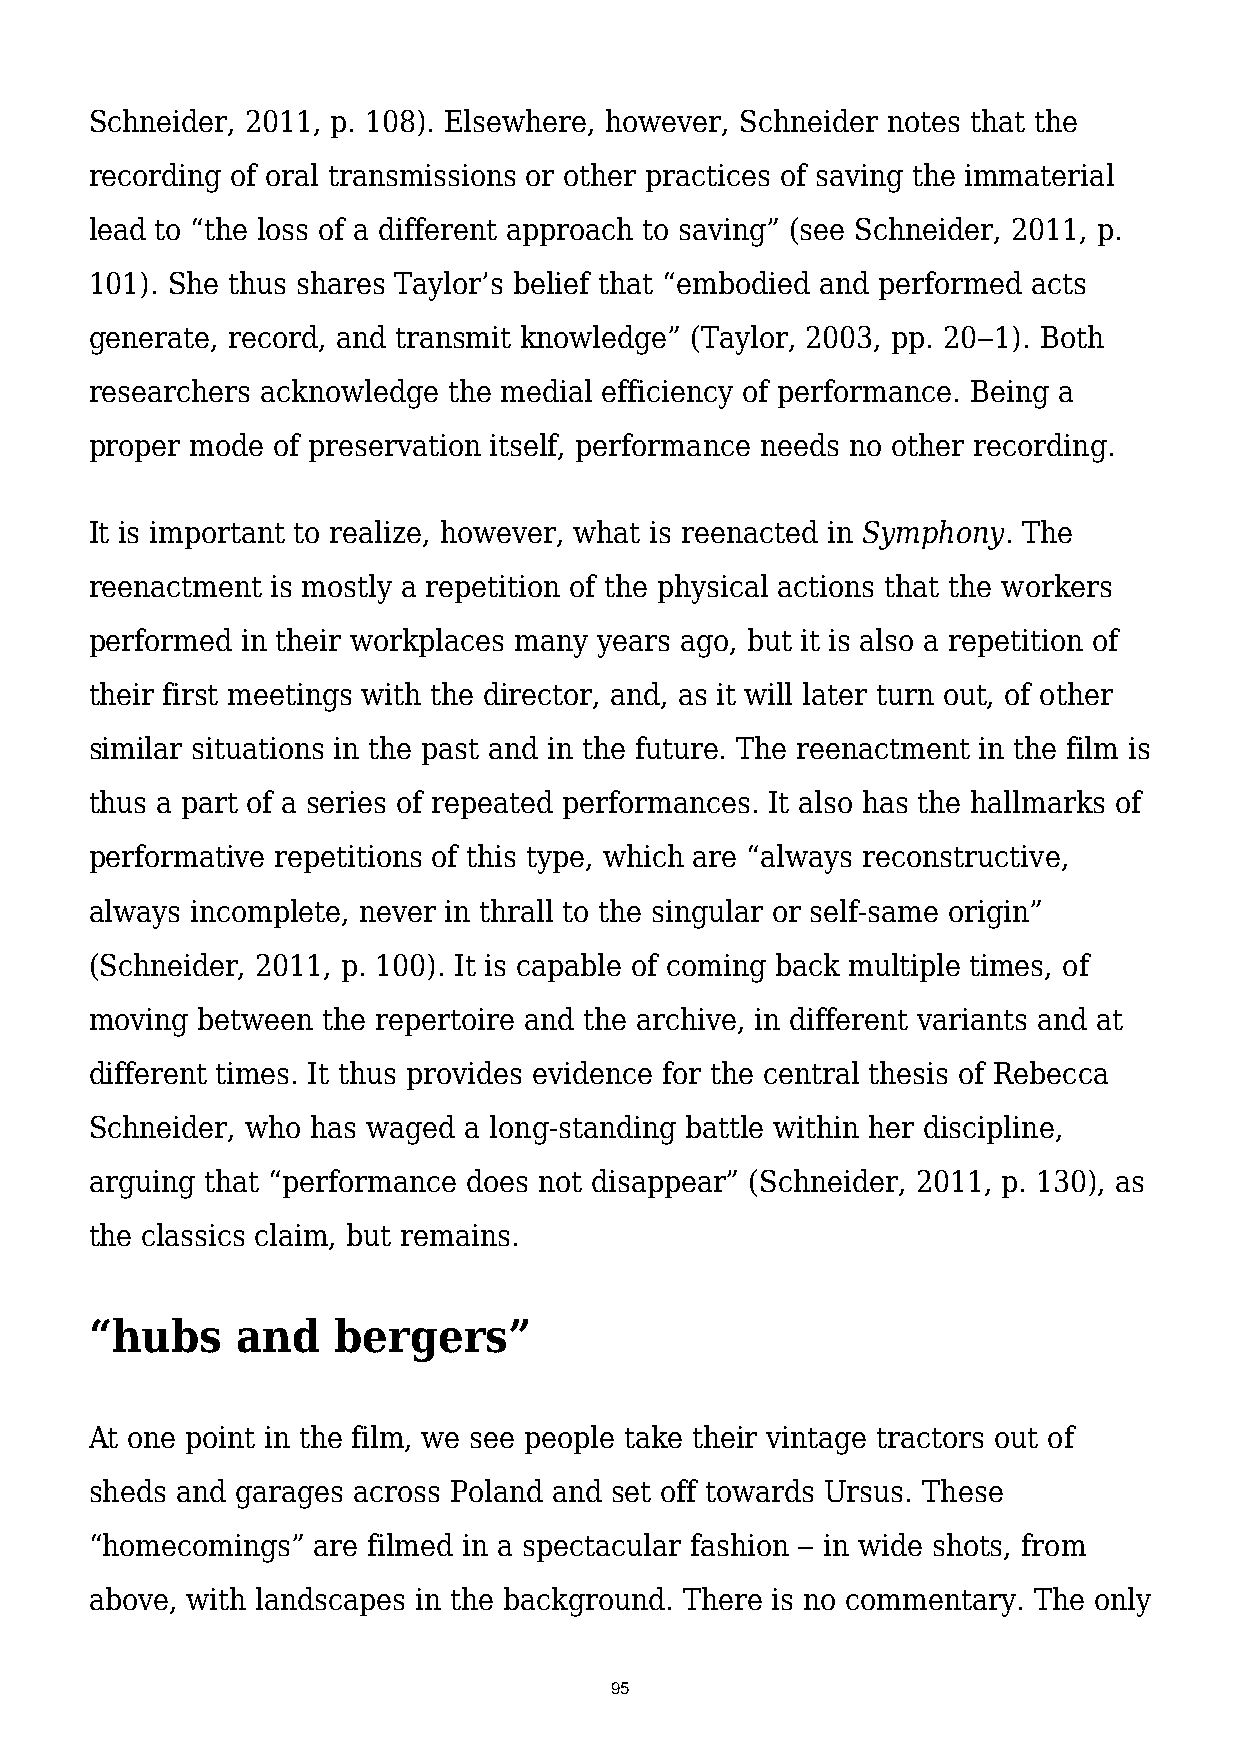
Schneider, 2011, p. 108). Elsewhere, however, Schneider notes that the
 recording of oral transmissions or other practices of saving the immaterial
 lead to “the loss of a different approach to saving” (see Schneider, 2011, p.
 101). She thus shares Taylor’s belief that “embodied and performed acts
 generate, record, and transmit knowledge” (Taylor, 2003, pp. 20‒1). Both
 researchers acknowledge the medial efficiency of performance. Being a
 proper mode of preservation itself, performance needs no other recording.
 It is important to realize, however, what is reenacted in Symphony. The
 reenactment is mostly a repetition of the physical actions that the workers
 performed in their workplaces many years ago, but it is also a repetition of
 their first meetings with the director, and, as it will later turn out, of other
 similar situations in the past and in the future. The reenactment in the film is
 thus a part of a series of repeated performances. It also has the hallmarks of
 performative repetitions of this type, which are “always reconstructive,
 always incomplete, never in thrall to the singular or self-same origin”
 (Schneider, 2011, p. 100). It is capable of coming back multiple times, of
 moving between the repertoire and the archive, in different variants and at
 different times. It thus provides evidence for the central thesis of Rebecca
 Schneider, who has waged a long-standing battle within her discipline,
 arguing that “performance does not disappear” (Schneider, 2011, p. 130), as
 the classics claim, but remains.
 “hubs     and   bergers”
 At one point in the film, we see people take their vintage tractors out of
 sheds and garages across Poland and set off towards Ursus. These
 “homecomings”  are filmed in a spectacular fashion ‒ in wide shots, from
 above, with landscapes in the background. There is no commentary. The only
 95